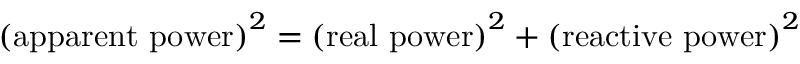
{ \mathrm { ( a p p a r e n t ~ p o w e r ) } } ^ { 2 } = { \mathrm { ( r e a l ~ p o w e r ) } } ^ { 2 } + { \mathrm { ( r e a c t i v e ~ p o w e r ) } } ^ { 2 }